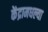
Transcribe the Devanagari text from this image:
केंद्रामधल्या